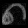
Digit: ၈